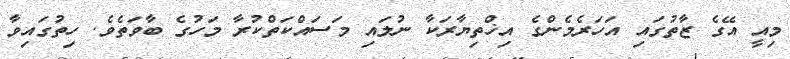
މިއީ އޭގެ ޒާތުގައި އަހަރެމެންގެ އިޚްތިޔާރަކާ ނުލައި މަސައްކަތްކުރާ މަހުގެ ބާވަތެވެ. ހިތުގައިވާ